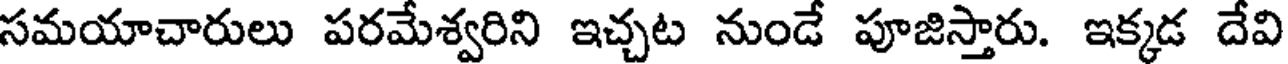
సమయాచారులు పరమేశ్వరిని ఇచ్చట నుండే పూజిస్తారు. ఇక్కడ దేవి